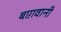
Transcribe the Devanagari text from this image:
बाग़वानी